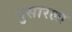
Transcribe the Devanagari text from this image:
पुसारला